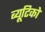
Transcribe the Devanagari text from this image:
ब्यूटिको